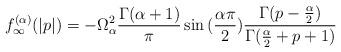
LaTeX: \begin{align*}f_{\infty}^{(\alpha)}(|p|) = -\Omega_{\alpha}^2\frac{\Gamma(\alpha+1)}{\pi}\sin{(\frac{\alpha\pi}{2})}\frac{\Gamma(p-\frac{\alpha}{2})}{\Gamma(\frac{\alpha}{2}+p+1)}\end{align*}